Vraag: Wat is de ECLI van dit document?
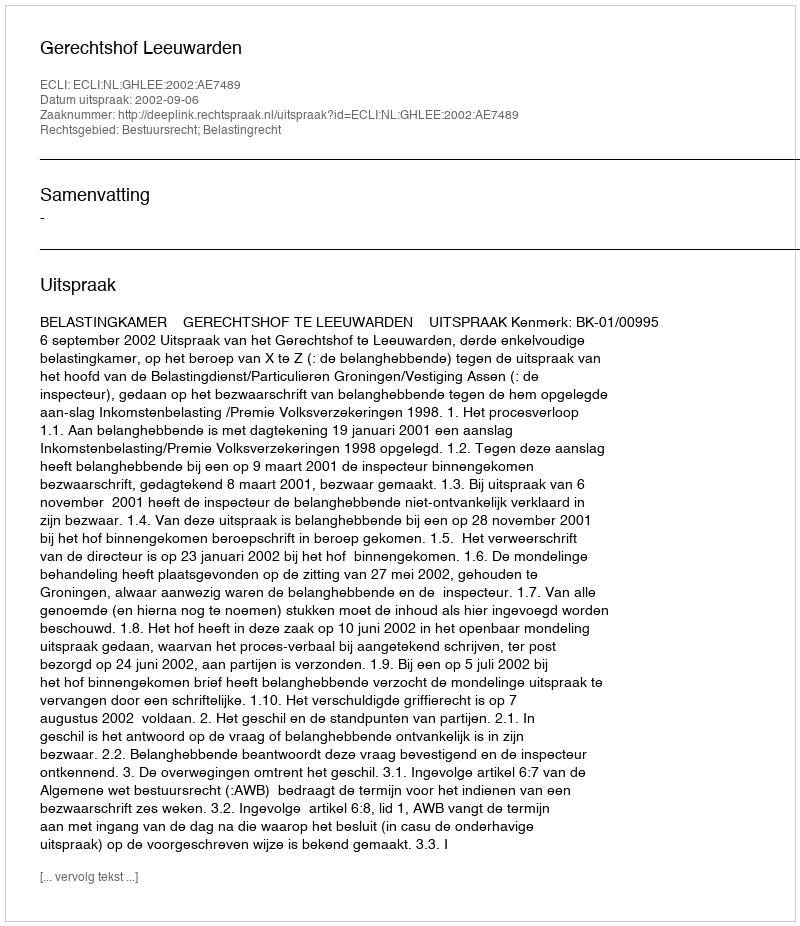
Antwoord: ECLI:NL:GHLEE:2002:AE7489